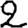
Digit: 2